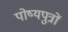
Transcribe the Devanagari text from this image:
पोष्यपुत्रों